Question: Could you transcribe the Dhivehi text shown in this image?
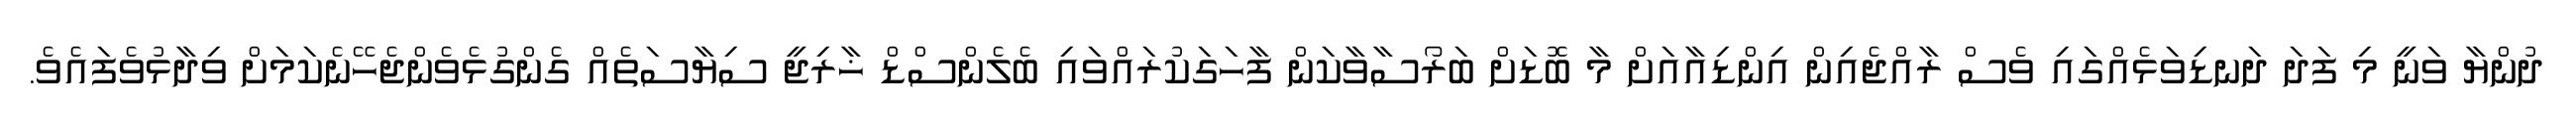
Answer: ދުންޔާ ވަނީ މި ފަދަ ދަނޑިވަޅެއްގައި ވެސް ރާއްޖެއިން އިންޑިއާއަށް މާ ބޮޑަށް ބަރޯސާވާކަން ފާހަގަކުރައްވައި ބެލެންސްޑް ޚާރިޖީ ސިޔާސަތެއް ގެންގުޅެވެންޖެހޭނެކަމަށް ވިދާޅުވެފައެވެ.